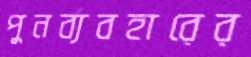
পুনর্ব্যবহারের